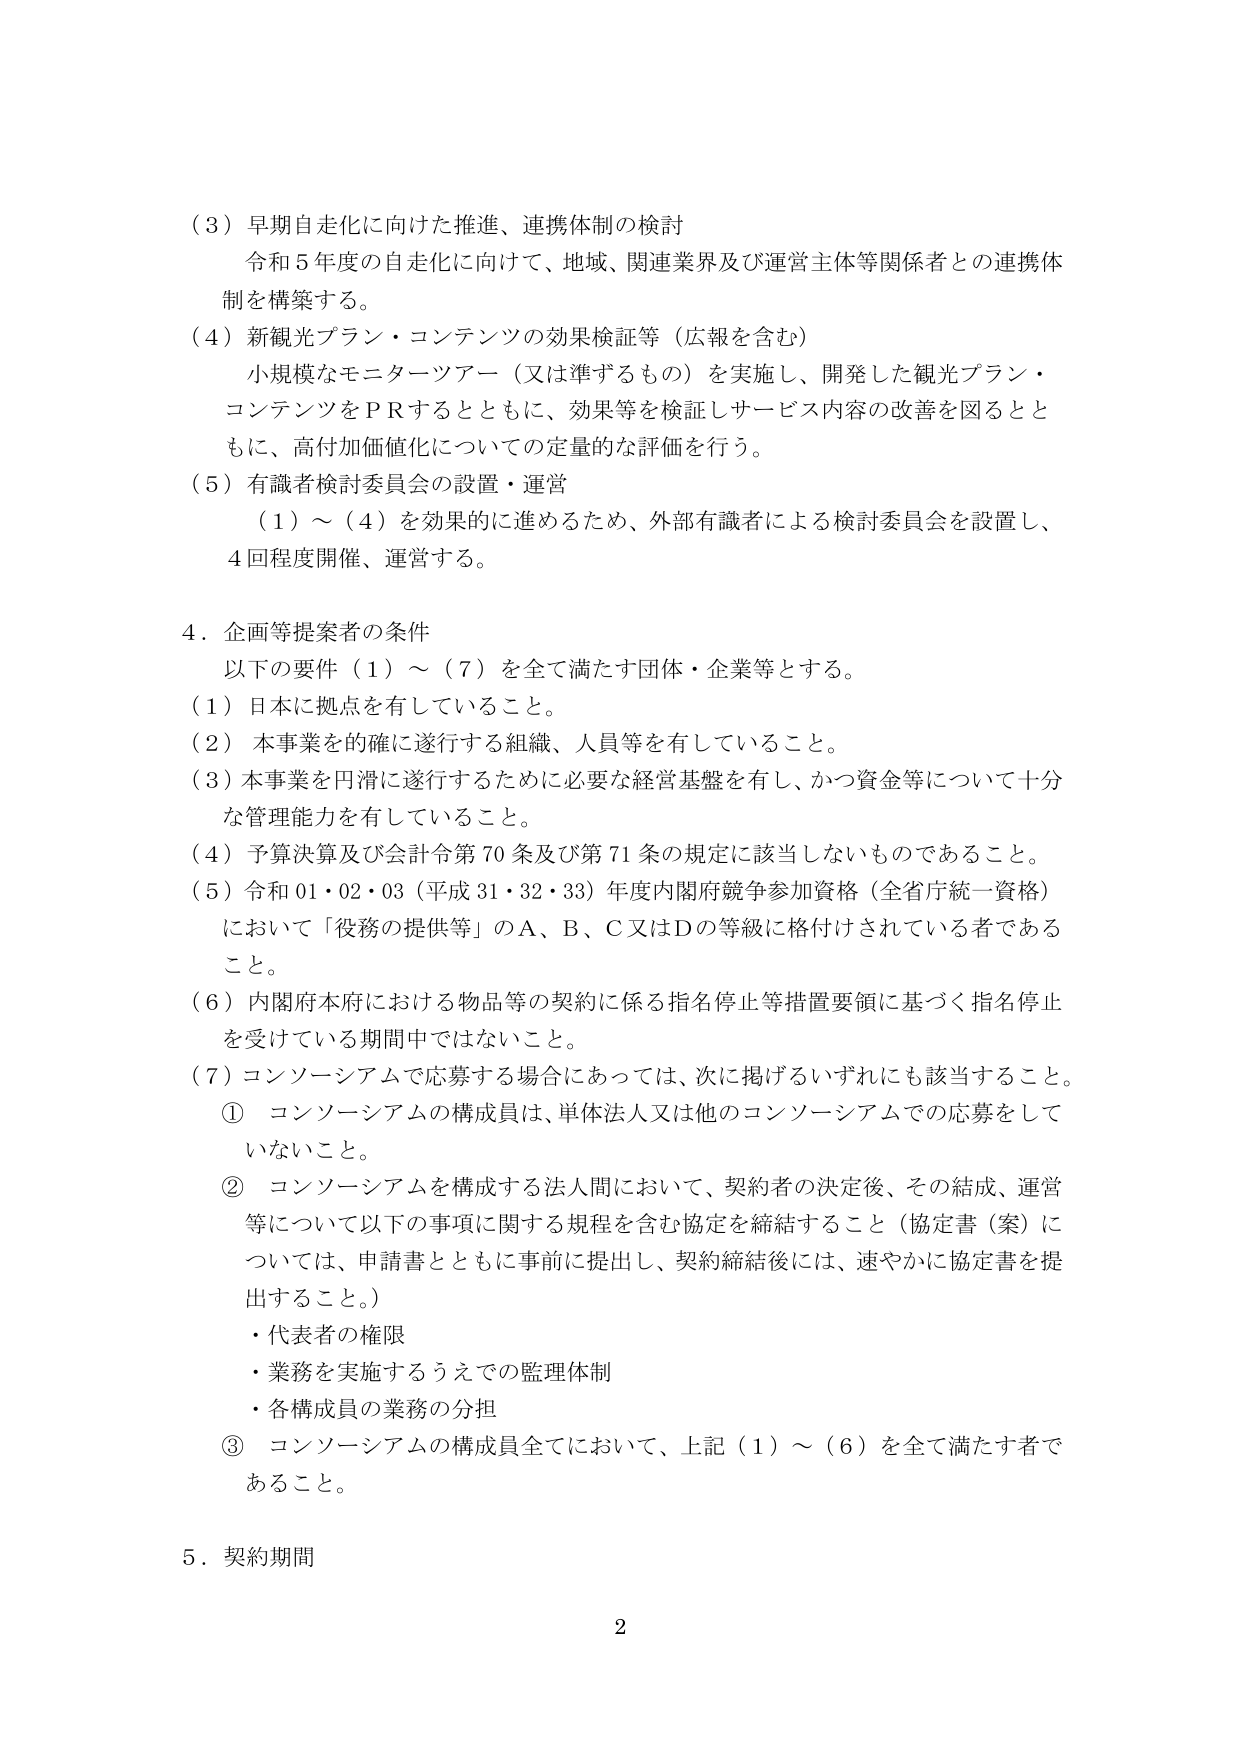
（３）早期自走化に向けた推進、連携体制の検討
　令和５年度の自走化に向けて、地域、関連業界及び運営主体等関係者との連携体制を構築する。
（４）新観光プラン・コンテンツの効果検証等（広報を含む）
　小規模なモニターツアー（又は準ずるもの）を実施し、開発した観光プラン・コンテンツをＰＲするとともに、効果等を検証しサービス内容の改善を図るとともに、高付加価値化についての定量的な評価を行う。
（５）有識者検討委員会の設置・運営
　（１）～（４）を効果的に進めるため、外部有識者による検討委員会を設置し、４回程度開催、運営する。

４．企画等提案者の条件
　以下の要件（１）～（７）を全て満たす団体・企業等とする。
（１）日本に拠点を有していること。
（２）本事業を的確に遂行する組織、人員等を有していること。
（３）本事業を円滑に遂行するために必要な経営基盤を有し、かつ資金等について十分な管理能力を有していること。
（４）予算決算及び会計令第70条及び第71条の規定に該当しないものであること。
（５）令和01・02・03（平成31・32・33）年度内閣府競争参加資格（全省庁統一資格）において「役務の提供等」のＡ、Ｂ、Ｃ又はＤの等級に格付けされている者であること。
（６）内閣府本府における物品等の契約に係る指名停止等措置要領に基づく指名停止を受けている期間中ではないこと。
（７）コンソーシアムで応募する場合にあっては、次に掲げるいずれにも該当すること。
　① コンソーシアムの構成員は、単体法人又は他のコンソーシアムでの応募をしていないこと。
　② コンソーシアムを構成する法人間において、契約者の決定後、その結成、運営等について以下の事項に関する規程を含む協定を締結すること（協定書（案）については、申請書とともに事前に提出し、契約締結後には、速やかに協定書を提出すること。）
　・代表者の権限
　・業務を実施するうえでの監理体制
　・各構成員の業務の分担
　③ コンソーシアムの構成員全てにおいて、上記（１）～（６）を全て満たす者であること。

５．契約期間

2